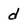
Character: d